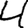
Digit: 4